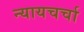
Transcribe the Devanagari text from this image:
न्यायचर्चा